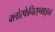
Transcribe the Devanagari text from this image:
क्लोरफेनिरएमाइन